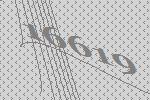
16619